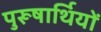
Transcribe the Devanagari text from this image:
पुरूषार्थियों